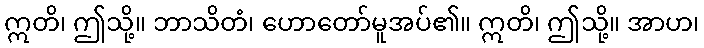
ဣတိ၊ ဤသို့။ ဘာသိတံ၊ ဟောတော်မူအပ်၏။ ဣတိ၊ ဤသို့။ အာဟ၊